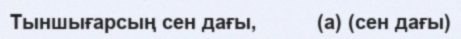
Тыншығарсың сен дағы,          (а) (сен дағы)